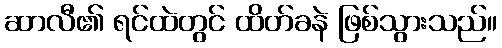
ဆာလီ၏ ရင်ထဲတွင် ထိတ်ခနဲ ဖြစ်သွားသည်။